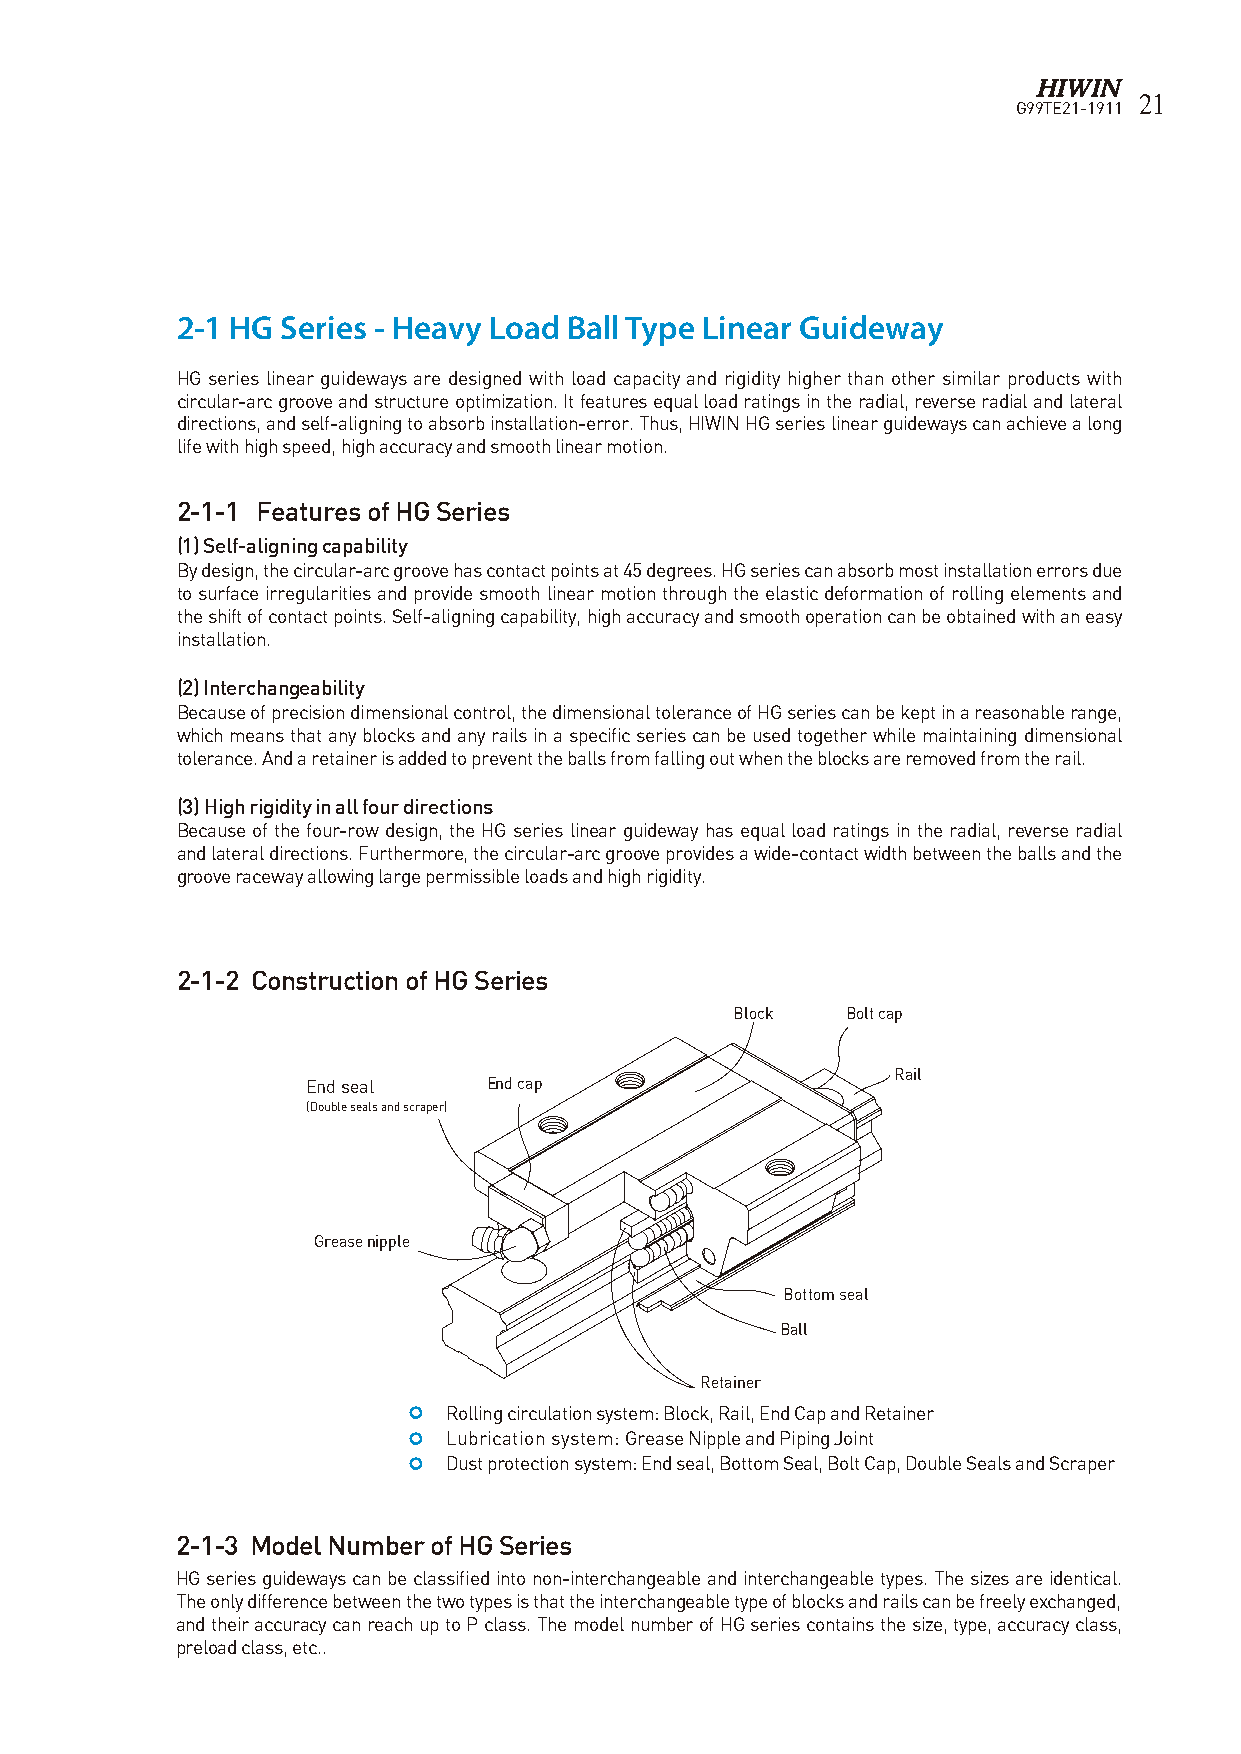
21
 G99TE21-1911
 2-1 HG Series - Heavy Load Ball Type Linear Guideway
 HG series linear guideways are designed with load capacity and rigidity higher than other similar products with
 circular-arc groove and structure optimization. It features equal load ratings in the radial, reverse radial and lateral
 directions, and self-aligning to absorb installation-error. Thus, HIWIN HG series linear guideways can achieve a long
 life with high speed, high accuracy and smooth linear motion.
 2-1-1 Features of HG Series
 (1) Self-aligning capability
 By design, the circular-arc groove has contact points at 45 degrees. HG series can absorb most installation errors due
 to surface irregularities and provide smooth linear motion through the elastic deformation of rolling elements and
 the shift of contact points. Self-aligning capability, high accuracy and smooth operation can be obtained with an easy
 installation.
 (2) Interchangeability
 Because of precision dimensional control, the dimensional tolerance of HG series can be kept in a reasonable range,
 which means that any blocks and any rails in a specific series can be used together while maintaining dimensional
 tolerance. And a retainer is added to prevent the balls from falling out when the blocks are removed from the rail.
 (3) High rigidity in all four directions
 Because of the four-row design, the HG series linear guideway has equal load ratings in the radial, reverse radial
 and lateral directions. Furthermore, the circular-arc groove provides a wide-contact width between the balls and the
 groove raceway allowing large permissible loads and high rigidity.
 2-1-2 Construction of HG Series
 Block  Bolt cap
 Rail
 End seal    End cap
 (Double seals and scraper)
 Grease nipple
 Bottom seal
 Ball
 Retainer
  Rolling circulation system: Block, Rail, End Cap and Retainer
  Lubrication system: Grease Nipple and Piping Joint
  Dust protection system: End seal, Bottom Seal, Bolt Cap, Double Seals and Scraper
 2-1-3 Model Number of HG Series
 HG series guideways can be classified into non-interchangeable and interchangeable types. The sizes are identical.
 The only difference between the two types is that the interchangeable type of blocks and rails can be freely exchanged,
 and their accuracy can reach up to P class. The model number of HG series contains the size, type, accuracy class,
 preload class, etc..